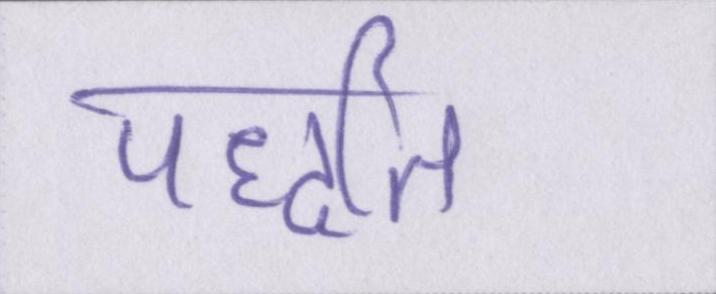
पद्धति